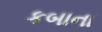
કબાના